Civil Veterinary Department Bengal reports 1933-51 - 1933-1951
Year: 1933
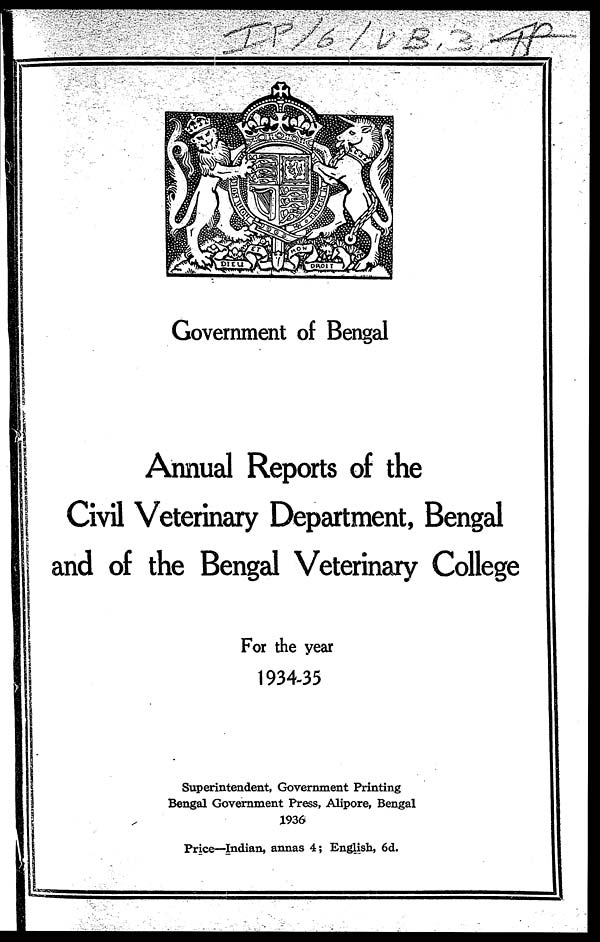
Government of Bengal
Annual Reports of the
Civil Veterinary Department, Bengal
and of the Bengal Veterinary College
For the year
1934-35
Superintendent, Government Printing
Bengal Government Press, Alipore, Bengal
1936
Price—Indian, annas 4; English, 6d.